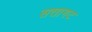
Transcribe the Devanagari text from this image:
सत्तागट